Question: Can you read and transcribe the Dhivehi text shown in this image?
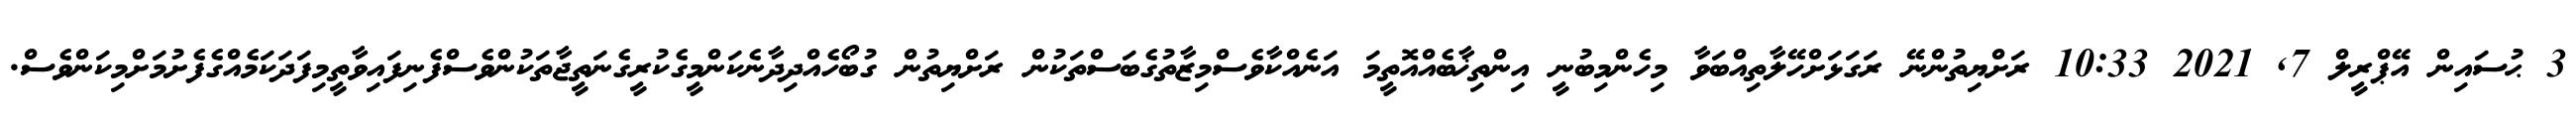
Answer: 3 ޙުސައިން އޭޕްރީލް 7, 2021 10:33 ރަށްޔިތުންނޭ ރަގަޅަށްހޭލާތިއްބަވާ މިހެންމިބުނީ އިންތިޚާބެއްއޮތީމަ އަނެއްކާވެސްމިޒާތުގެބަސްތަކުން ރަށްޔިތުން ގުބޯހެއްދިދާނެކަންމީގެކުރީގެނަތީޖާތަކުންވެސްފެނިފައިވާތީމިފަދަކަމެއްގެފެށުމަށްމިކަންވެސް.